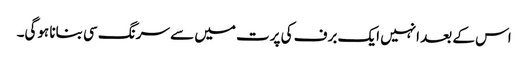
اس کے بعد انہیں ایک برف کی پرت میں سے سرنگ سی بنانا ہوگی۔